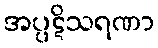
အပ္ပဋိသရဏာ